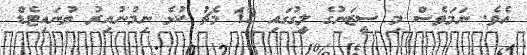
އެވެ. ނަމަވެސް މި ސީޒަނުގެ ލީގުގައި 12 މެޗު ކުޅެ ނިމުނުއިރު ޔުނައިޓެޑް